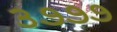
૩૭૭૭